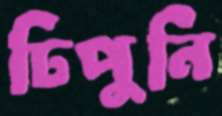
ঢিপুনি